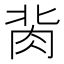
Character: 𰮔